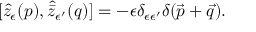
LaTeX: [ \widehat { z } _ { \epsilon } ( p ) , \widehat { \bar { z } } { } _ { \epsilon ^ { \prime } } ( q ) ] = - \epsilon \delta _ { \epsilon \epsilon ^ { \prime } } \delta ( \vec { p } + \vec { q } ) .